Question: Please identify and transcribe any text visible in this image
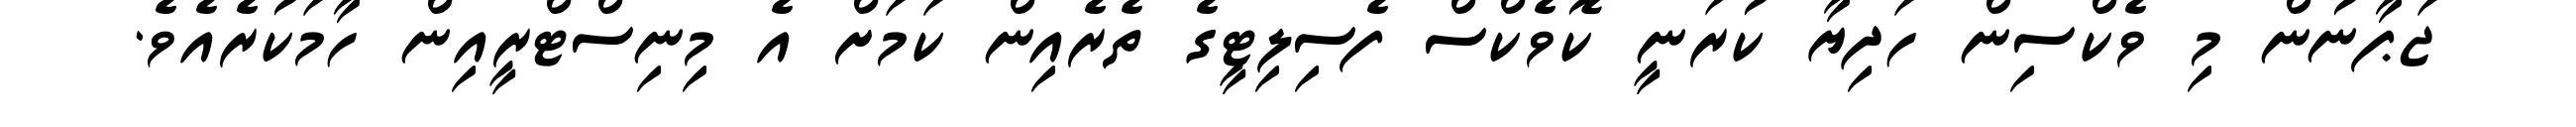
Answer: ޖަޕާނުން މި ވެކްސިން ހަދިޔާ ކުރަނީ ކޮވެކްސް ފެސިލިޓީގެ ތެރެއިން ކަމަށް އެ މިނިސްޓްރީއިން ހާމަކުރެއެވެ.